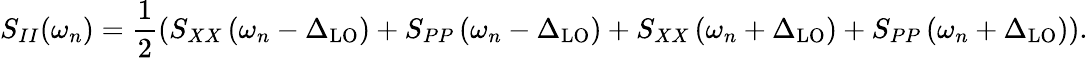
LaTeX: S_{II}(\omega_{n})=\frac{1}{2}\left(S_{XX}\left(\omega_{n}-\Delta_{\mathrm{LO}}\right)+S_{PP}\left(\omega_{n}-\Delta_{\mathrm{LO}}\right)+S_{XX}\left(\omega_{n}+\Delta_{\mathrm{LO}}\right)+S_{PP}\left(\omega_{n}+\Delta_{\mathrm{LO}}\right)\right).